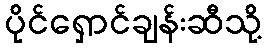
ပိုင်ရှောင်ချန်းဆီသို့